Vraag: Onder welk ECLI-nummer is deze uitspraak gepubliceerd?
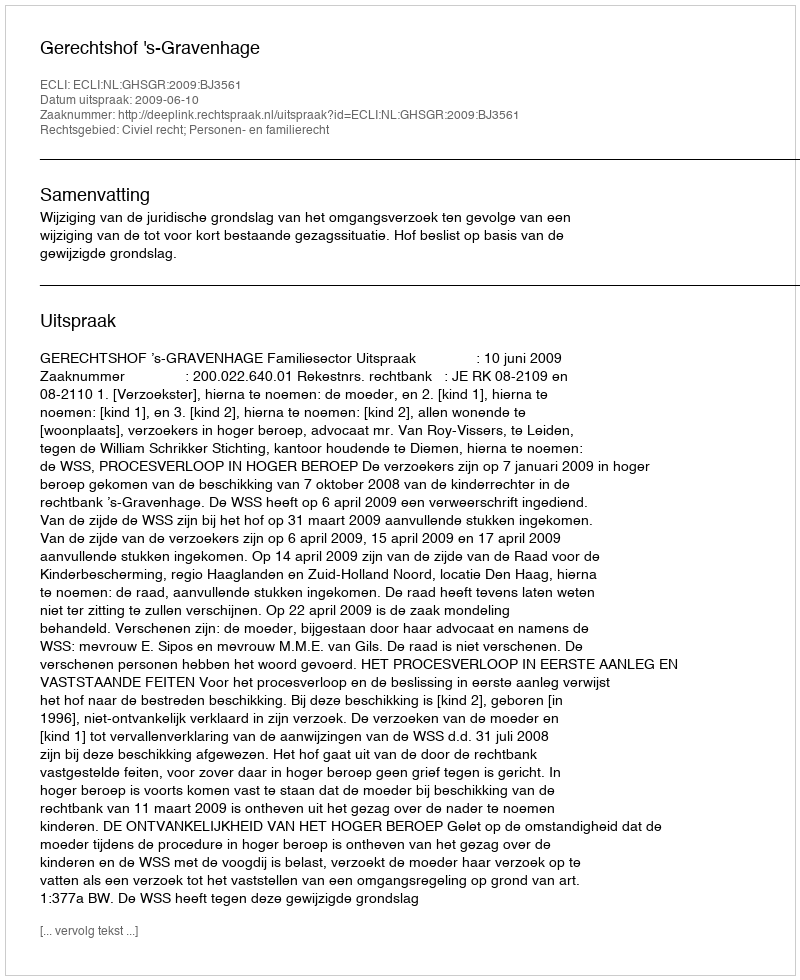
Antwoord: ECLI:NL:GHSGR:2009:BJ3561